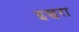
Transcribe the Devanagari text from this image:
इछरा